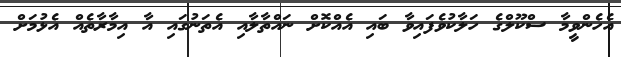
އެހެންވީމާ ސްކޫލްގެ ހަލާކުވެފައިވާ ބައި އެއްކޮށް ނައްތާލާއި އެތަނުގައި އާ އިމާރާތެއް އެޅުމަށް